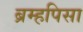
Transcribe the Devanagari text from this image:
ब्रम्हपिसा